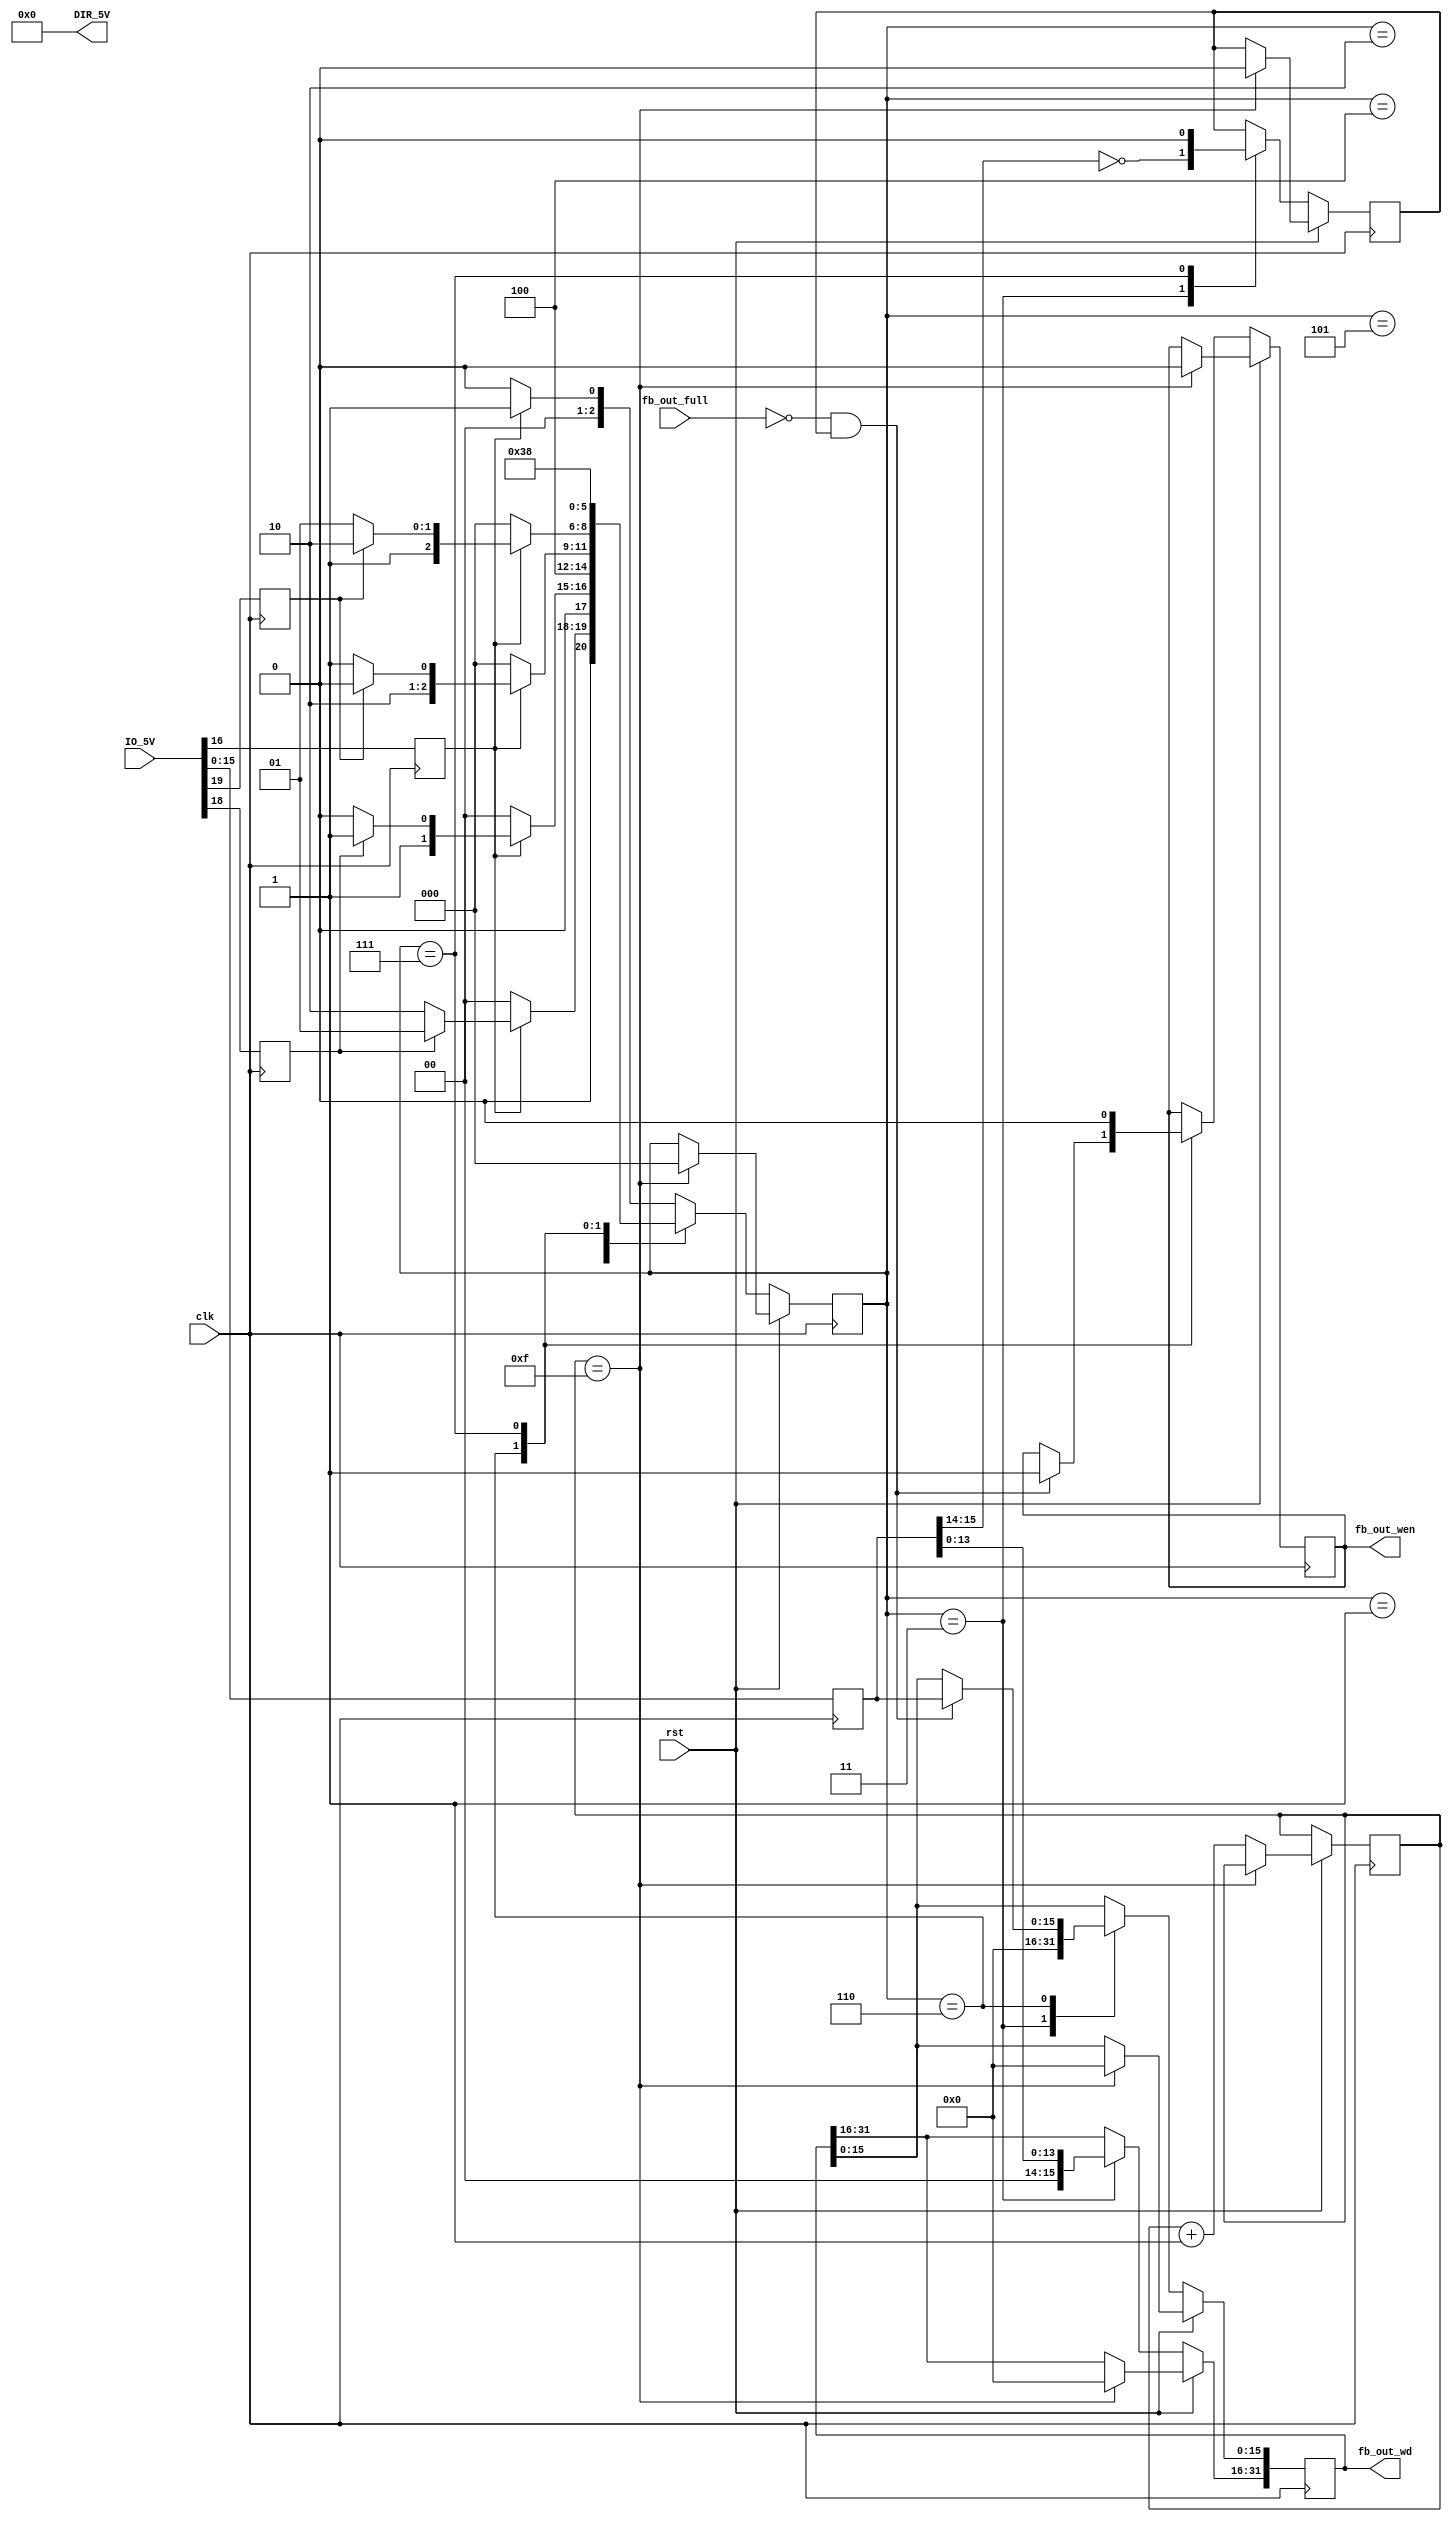
module acrtc_crt(
  input              clk,
  input              rst,
  input       [31:0] IO_5V,
  output       [0:3] DIR_5V,
  output reg         fb_out_wen,
  output reg  [31:0] fb_out_wd,  
  input              fb_out_full  
);

assign DIR_5V = 4'b0000; // 0 - inp, 1 - inp, 2 - inp, 3 - inp

wire [15:0] ACRTC_DATA = IO_5V[15:0];
wire        ACRTC_2CLK = IO_5V[19];
wire        ACRTC_AS   = IO_5V[18];
wire        ACRTC_DRAW = IO_5V[20];
wire        ACRTC_MRD  = IO_5V[16];

reg  [15:0] r_ACRTC_DATA;
reg         r_ACRTC_2CLK;
reg         r_ACRTC_AS;
reg         r_ACRTC_DRAW;
reg         r_ACRTC_MRD;

reg  [2:0] r_state;
reg        r_valid;
reg  [3:0] rst_cnt;

always @ (negedge clk) begin
  r_ACRTC_DATA <= ACRTC_DATA;
  r_ACRTC_2CLK <= ACRTC_2CLK;
  r_ACRTC_AS   <= ACRTC_AS;
  r_ACRTC_DRAW <= ACRTC_DRAW;
  r_ACRTC_MRD  <= ACRTC_MRD;
end

always @ (posedge clk) begin  
  if (rst) begin
    if (rst_cnt == 4'hf) begin
      fb_out_wen    <= 0;
      fb_out_wd     <= 0;
	   r_state       <= 0;
	   r_valid       <= 0;
	 end else begin
	   rst_cnt <= rst_cnt + 1;
	 end
  end
  else begin
    case(r_state)
	 default: begin
	   r_state     <= ~r_ACRTC_MRD ? 0 : 1;
	 end
	 1: begin
	   r_state     <= ~r_ACRTC_MRD ? 0 : (r_ACRTC_AS ? 1 : 2);
	 end
	 2: begin
	   r_state     <= ~r_ACRTC_MRD ? 0 : (r_ACRTC_AS ? 3 : 2);	   
	 end
	 3: begin
	   fb_out_wd   <= {2'b00, r_ACRTC_DATA[13:0], 16'h0000};
		r_valid     <= r_ACRTC_DATA[15:14] == 0; // higher addresses not supported
		r_state     <= 4;
	 end
	 4: begin
	   r_state     <= ~r_ACRTC_MRD ? 0 : (r_ACRTC_2CLK ? 4 : 5);
	 end
	 5: begin
	   r_state     <= ~r_ACRTC_MRD ? 0 : (r_ACRTC_2CLK ? 6 : 5);
	 end
	 6: begin	   
	   if (~fb_out_full && r_valid) begin
	     fb_out_wd[15:0] <= r_ACRTC_DATA;
		  fb_out_wen      <= 1;
		end
		r_state     <= 7;
	 end
	 7: begin
	   fb_out_wen  <= 0;
	   r_valid     <= 1'b0;
	   r_state     <= 0;
	 end
	 endcase
  end
end


endmodule